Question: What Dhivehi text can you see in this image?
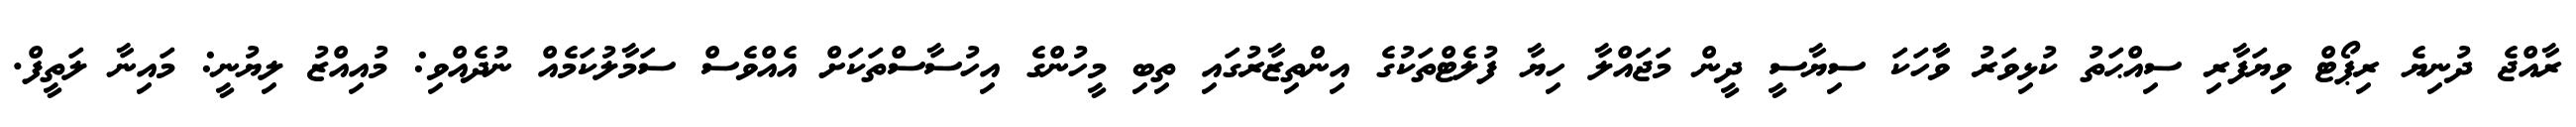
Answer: ރާއްޖެ ދުނިޔެ ރިޕޯޓް ވިޔަފާރި ސިއްޙަތު ކުޅިވަރު ވާާހަކަ ސިޔާސީ ދީން މަޖައްލާ ހިޔާ ފުލެޓްތަކުގެ އިންތިޒާރުގައި ތިބި މީހުންގެ އިހުސާސްތަކަށް އެއްވެސް ސަމާލުކަމެއް ނުދެއްވި: މުއިއްޒު ލިޔުނީ: މައިނާ ލަތީފް.